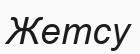
Жетсу